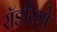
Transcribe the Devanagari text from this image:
रॉडरिगो